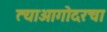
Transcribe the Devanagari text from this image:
त्याआगोदरचा